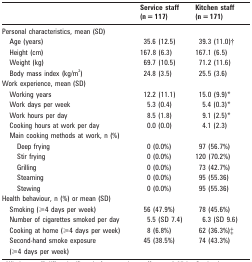
<table><thead><tr><td></td><td><b>Service staff (n = 117)</b></td><td><b>Kitchen staff (n = 171)</b></td></tr></thead><tbody><tr><td>Personal characteristics, mean (SD)</td><td></td><td></td></tr><tr><td>Age (years)</td><td>35.6 (12.5)</td><td>39.3 (11.0)†</td></tr><tr><td>Height (cm)</td><td>167.8 (6.3)</td><td>167.1 (6.5)</td></tr><tr><td>Weight (kg)</td><td>69.7 (10.5)</td><td>71.2 (11.6)</td></tr><tr><td>Body mass index (kg/m<sup>2</sup>)</td><td>24.8 (3.5)</td><td>25.5 (3.6)</td></tr><tr><td>Work experience, mean (SD)</td><td></td><td></td></tr><tr><td>Working years</td><td>12.2 (11.1)</td><td>15.0 (9.9)*</td></tr><tr><td>Work days per week</td><td>5.3 (0.4)</td><td>5.4 (0.3)*</td></tr><tr><td>Work hours per day</td><td>8.5 (1.8)</td><td>9.1 (2.5)*</td></tr><tr><td>Cooking hours at work per day</td><td>0.0 (0.0)</td><td>4.1 (2.3)</td></tr><tr><td>Main cooking methods at work, n (%)</td><td></td><td></td></tr><tr><td>Deep frying</td><td>0 (0.0%)</td><td>97 (56.7%)</td></tr><tr><td>Stir frying</td><td>0 (0.0%)</td><td>120 (70.2%)</td></tr><tr><td>Grilling</td><td>0 (0.0%)</td><td>73 (42.7%)</td></tr><tr><td>Steaming</td><td>0 (0.0%)</td><td>95 (55.36)</td></tr><tr><td>Stewing</td><td>0 (0.0%)</td><td>95 (55.36)</td></tr><tr><td>Health behaviour, n (%) or mean (SD)</td><td></td><td></td></tr><tr><td>Smoking (⩾4 days per week)</td><td>56 (47.9%)</td><td>78 (45.6%)</td></tr><tr><td>Number of cigarettes smoked per day</td><td>5.5 (SD 7.4)</td><td>6.3 (SD 9.6)</td></tr><tr><td>Cooking at home (⩾4 days per week)</td><td>8 (6.8%)</td><td>62 (36.3%)‡</td></tr><tr><td>Second-hand smoke exposure</td><td>45 (38.5%)</td><td>74 (43.3%)</td></tr><tr><td>(⩾4 days per week)</td><td></td><td></td></tr></tbody></table>